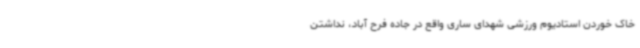
خاک خوردن استادیوم ورزشی شهدای ساری واقع در جاده فرح آباد، نداشتن